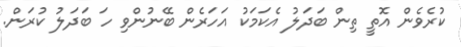
ކުރެވެން އޮތީ ތިން ބަދަލު އެކަމަކު އަހަރެން ބޭނުންވި ހަ ބަދަލު ކުރަން.